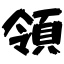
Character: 領